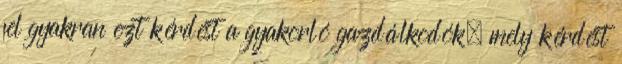
fel gyakran ezt kérdést a gyakorló gazdálkodók, mely kérdést